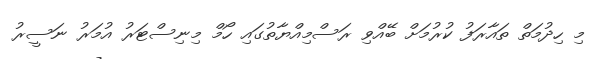
މި ހިދުމަތް ތައާރަފު ކުރުމަށް ބޭއްވި ރަސްމިއްޔާތުގައި ހޯމް މިނިސްޓަރު އުމަރު ނަސީރު